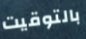
بالتوقيت